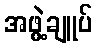
အဖွဲ့ချူပ်